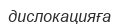
дислокацияға